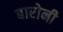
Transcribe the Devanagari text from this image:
बारोनी